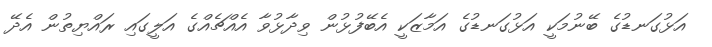
އަޅުގަނޑުގެ ބޭނުމަކީ އަޅުގަނޑުގެ އަމާޒަކީ އެބޭފުޅުން ވިދާޅުވާ އެއްޗެއްގެ އަލީގައި ރައްޔިތުން އެދޭ